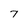
Character: 7